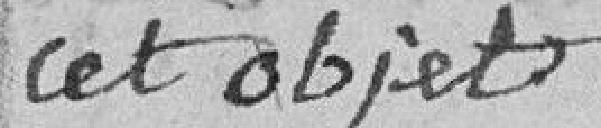
cet objet.